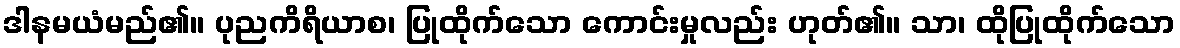
ဒါနမယံမည်၏။ ပုညကိရိယာစ၊ ပြုထိုက်သော ကောင်းမှုလည်း ဟုတ်၏။ သာ၊ ထိုပြုထိုက်သော